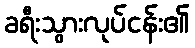
ခရီးသွားလုပ်ငန်း၏